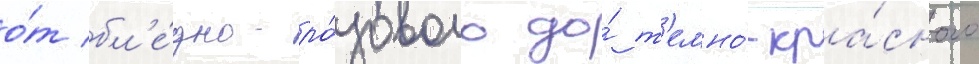
о́т бл'е́дно-ро́зового до́ т'емно́-кра́сного